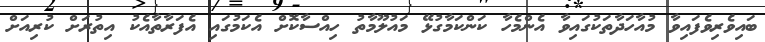
ބައިވެރިވެފައިވާ މުއާހަދާތަކުގައިވާ އެންމެހާ ކަންކަމާގުޅޭ މައުލޫމާތު ހިއްސާކޮށް އެކަމުގައި އެފަރާތާއެކު އިތުރަށް ކުރިއަށް